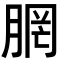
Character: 𪱣